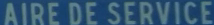
AIDE DE SERVICE